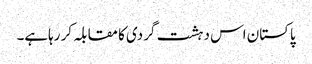
پاکستان اس دہشت گردی کا مقابلہ کر رہاہے۔